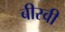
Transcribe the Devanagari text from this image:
बीस्वी